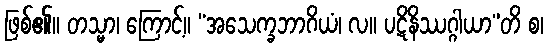
ဖြစ်၏။ တသ္မာ၊ ကြောင့်။ “အသေက္ခဘာဂိယံ၊ လ။ ပဋိနိဿဂ္ဂါယာ”တိ စ၊